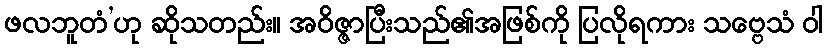
ဖလဘူတံ’ဟု ဆိုသတည်း။ အဝိဇ္ဇာပြီးသည်၏အဖြစ်ကို ပြလိုရကား သဗ္ဗေသံ ဝါ